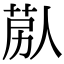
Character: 𦯴